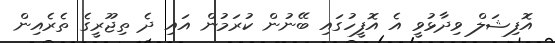
އޮފިޝަލް ވިދާޅުވީ އެ އޮފީހުގައި ބޭނުން ކުރަމުން އައި ދެ ތިޖޫރީގެ ތެރެއިން